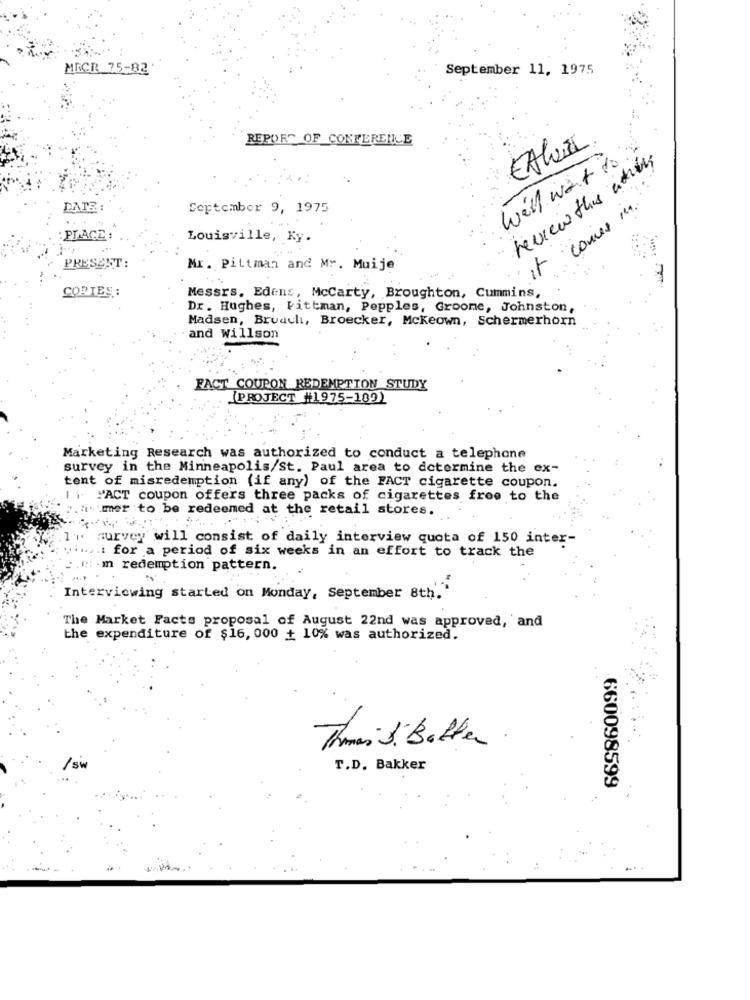
MICR 75-82
September 11, 1975
REPORT OF CONFERENCE
we'll want to
review this ating
DATE
Coptomber 9, 1975
comes in.
PLACE
Louisville, Ky.
PRESENT
it
Mr. Pittman and Mr. Muije
CORTES :
Messrs. Edens, Mccarty, Broughton, Cummins,
Dr. Hughes, Pittman, Pepples, Groome, Johnston,
Madsen, Bruachi, Broecker, Mckeown, Schermerhorn
and Willson
FACT COUPON REDEMPTION STUDY
(PROJECT "1975-189)
Marketing Research was authorized to conduct a telephone
survey in the Minneapolis/St. Paul area to determine the ex-
tent of misredemption (if any) of the FACT cigarette coupon.
IT PACT coupon offers three packs of cigarettes free to the
. her to be redeemed at the retail stores.
survey will consist of daily interview quota of 150 inter-
.: for a period of six weeks in an effort to track the
:.: m redemption pattern.
....
Interviewing started on Monday, September 8th.'
The Market Facts proposal of August 22nd was approved, 'and
the expenditure of $16, 000 + 10% was authorized.
Thomas S. Batter
/sw
T.D. Bakker
660098599